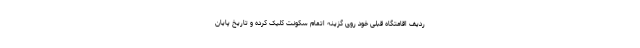
ردیف اقامتگاه قبلی خود روی گزینه اتمام سکونت کلیک کرده و تاریخ پایان